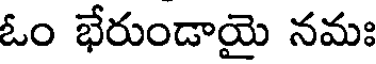
ఓం భేరుండాయై నమః